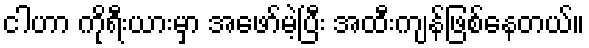
ငါဟာ ကိုရီးယားမှာ အဖော်မဲ့ပြီး အထီးကျန်ဖြစ်နေတယ်။